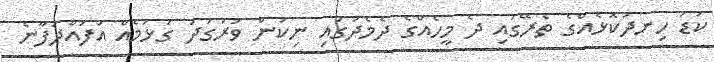
ކުޑަ ހިނދުކޮޅެއްގެ ތެރޭގައި ދެ މީހެއްގެ ދެމެދުގައި ނިކަން ވަރުގަދަ ގުޅުމެއް އުފައްދަފާނެ